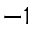
- 1